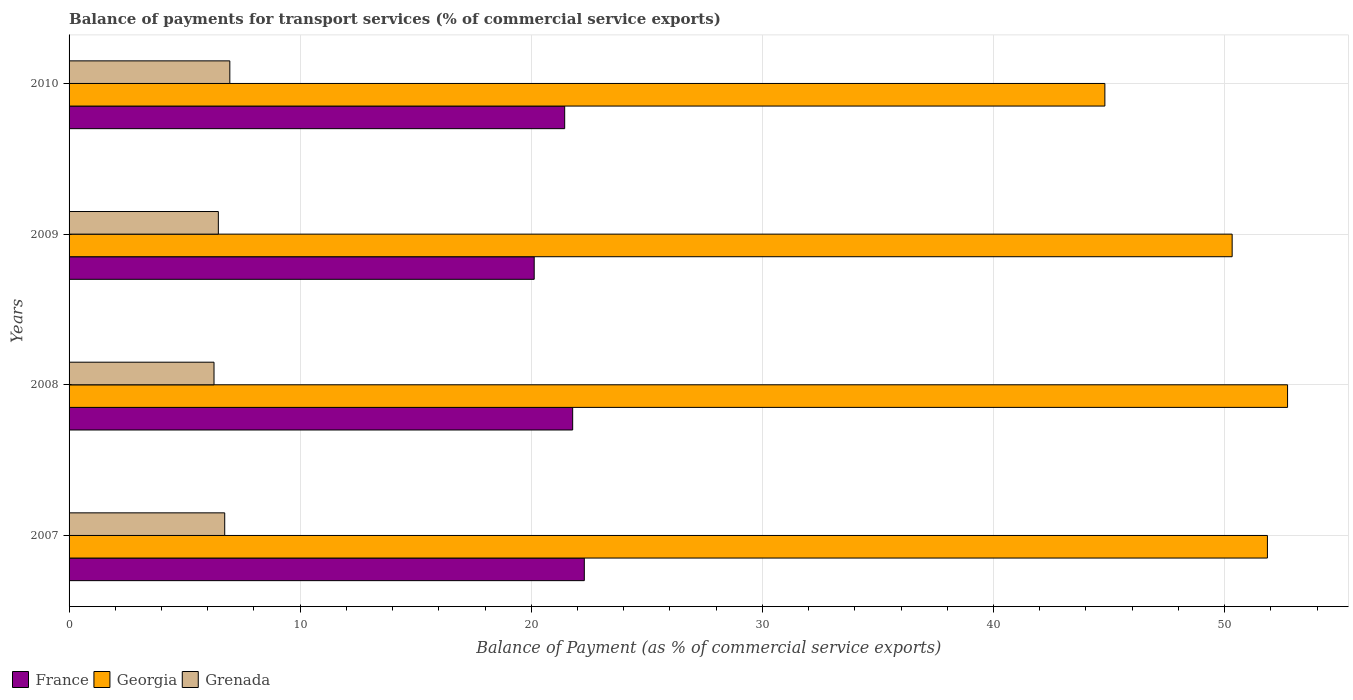
| Years | France | Georgia | Grenada |
 | --- | --- | --- | --- |
 | 2007 | 22.3 | 51.9 | 6.73 |
 | 2008 | 21.8 | 52.7 | 6.27 |
 | 2009 | 20.1 | 50.3 | 6.46 |
 | 2010 | 21.4 | 44.8 | 6.96 |